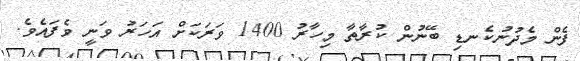
ފެން މެދުނުކެނޑި ބޭނުން ކުރާތާ މިހާރު 1400 ވަރަކަށް އަހަރު ވަނީ ވެފައެވެ.